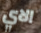
الاي